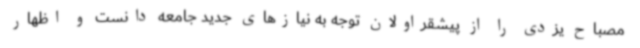
مصباح یزدی را از پیشقراولان توجه به نیازهای جدید جامعه دانست و اظهار